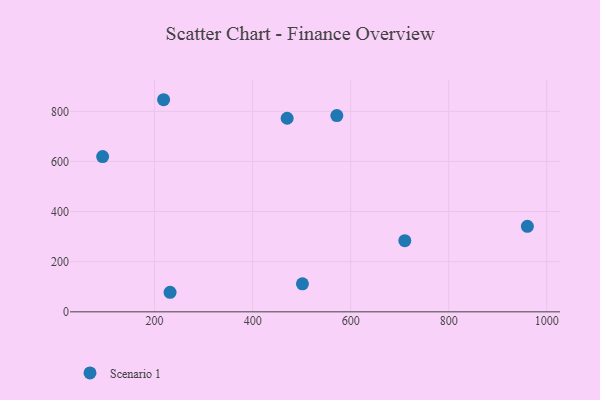
{"axis": {"x": "Speed", "y": "Yield"}, "legend": ["Scenario 1"], "data": [{"x": "571.8", "y": 783.1, "type": "Scenario 1"}, {"x": "218.3", "y": 846.2, "type": "Scenario 1"}, {"x": "501.6", "y": 111.6, "type": "Scenario 1"}, {"x": "960.6", "y": 341.2, "type": "Scenario 1"}, {"x": "470.4", "y": 772.2, "type": "Scenario 1"}, {"x": "93.9", "y": 619.5, "type": "Scenario 1"}, {"x": "231.5", "y": 78.0, "type": "Scenario 1"}, {"x": "710.5", "y": 283.8, "type": "Scenario 1"}]}